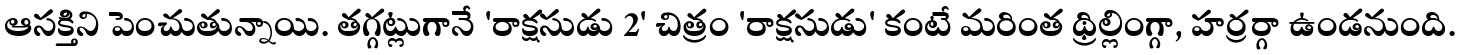
ఆసక్తిని పెంచుతున్నాయి. తగ్గట్లుగానే 'రాక్షసుడు 2' చిత్రం 'రాక్షసుడు' కంటే మరింత థ్రిల్లింగ్గా, హర్రర్గా ఉండనుంది.